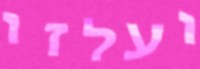
ועלזו